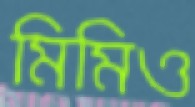
মিমিও